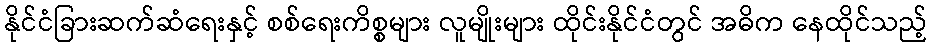
နိုင်ငံခြားဆက်ဆံရေးနှင့် စစ်ရေးကိစ္စများ လူမျိုးများ ထိုင်းနိုင်ငံတွင် အဓိက နေထိုင်သည့်